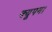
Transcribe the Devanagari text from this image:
क्यूपम।